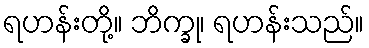
ရဟန်းတို့။ ဘိက္ခု၊ ရဟန်းသည်။